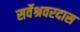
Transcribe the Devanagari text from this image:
सर्वेश्रवरदास